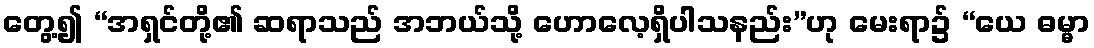
တွေ့၍ “အရှင်တို့၏ ဆရာသည် အဘယ်သို့ ဟောလေ့ရှိပါသနည်း”ဟု မေးရာ၌ “ယေ ဓမ္မာ